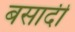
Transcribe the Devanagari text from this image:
बसादी